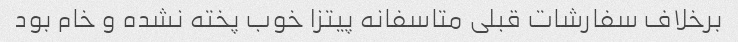
برخلاف سفارشات قبلی متاسفانه پیتزا خوب پخته نشده و خام بود